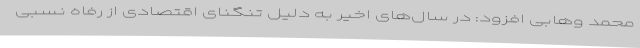
محمد وهابی افزود: در سال‌های اخیر به دلیل تنگنای اقتصادی از رفاه نسبی